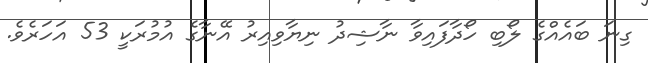
ގިނަ ބައެއްގެ ލޯބި ހޯދާފައިވާ ނާޝިދު ނިޔާވިއިރު އޭނާގެ އުމުރަކީ 53 އަހަރެވެ.